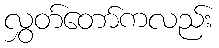
လွှတ်တော်ကလည်း